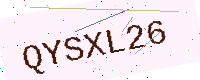
Text: QYSXL26